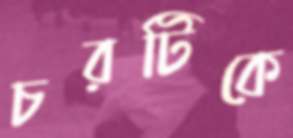
চরটিকে